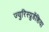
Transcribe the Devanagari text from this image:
ज्युरिस्प्रुडेंशिया